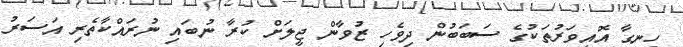
ހިނގާ އޮއިވަރުތަކުގެ ސަބަބުން ދިވެހި ޒުވާން ޖީލަށް ކުރާ ނުބައި ނުރައްކާތެރި އަސަރު